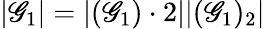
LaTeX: |\mathscr{G}_{1}|=|(\mathscr{G}_{1})\cdot2||(\mathscr{G}_{1})_{2}|